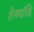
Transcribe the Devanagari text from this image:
तेनपांडि